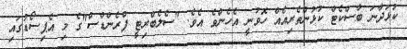
ކުޅަދާނަ ބާސްކެޓް ކުޅުންތެރިއެއް ހޮވުނީ އެހެންވެ އެވެ. "ސެލެބްރިޓީ ފްރެންޑްސް"ގެ މި އެޕިސޯޑުގައި